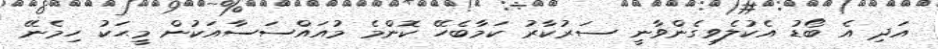
އަދި އެ ބޯޑު އެކުލެވިގެންވާނީ ސަރުކާރު ކަމާބެހޭ ކޮންމެ މުއައްސަސާއަކުން މީޙަކު ހިމެނޭ